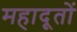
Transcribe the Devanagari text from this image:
महादूतों